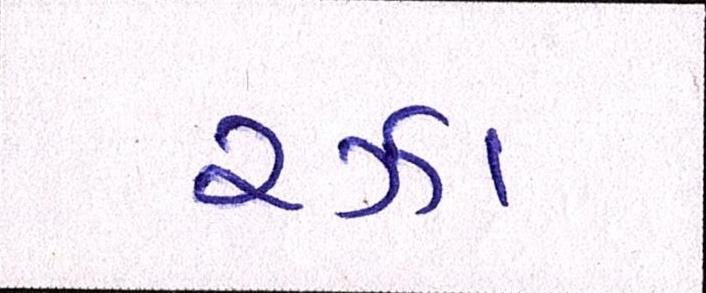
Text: રઝા